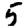
Digit: 5